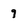
Character: 9